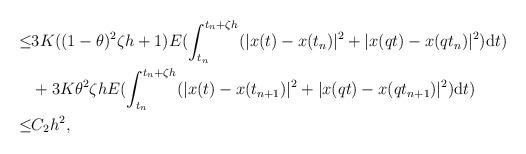
LaTeX: \begin{align*} \leq&3K((1-\theta)^2\zeta h+1)E(\int_{t_n}^{t_n+\zeta h}(|x(t)-x(t_n)|^2+|x(qt)-x(qt_n)|^2){\rm d}t)\\&+3K\theta^2\zeta hE(\int_{t_n}^{t_n+\zeta h}(|x(t)-x(t_{n+1})|^2+|x(qt)-x(qt_{n+1})|^2){\rm d}t)\\\leq&C_2h^2,\end{align*}